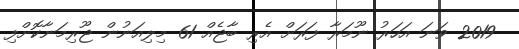
2019 ވަނަ އަހަރު ނޫމަރާ ފަރަށް އެރި ބާޖެއް 61 މިލިއަނުން ޖޫރިމަނާކޮށްފި